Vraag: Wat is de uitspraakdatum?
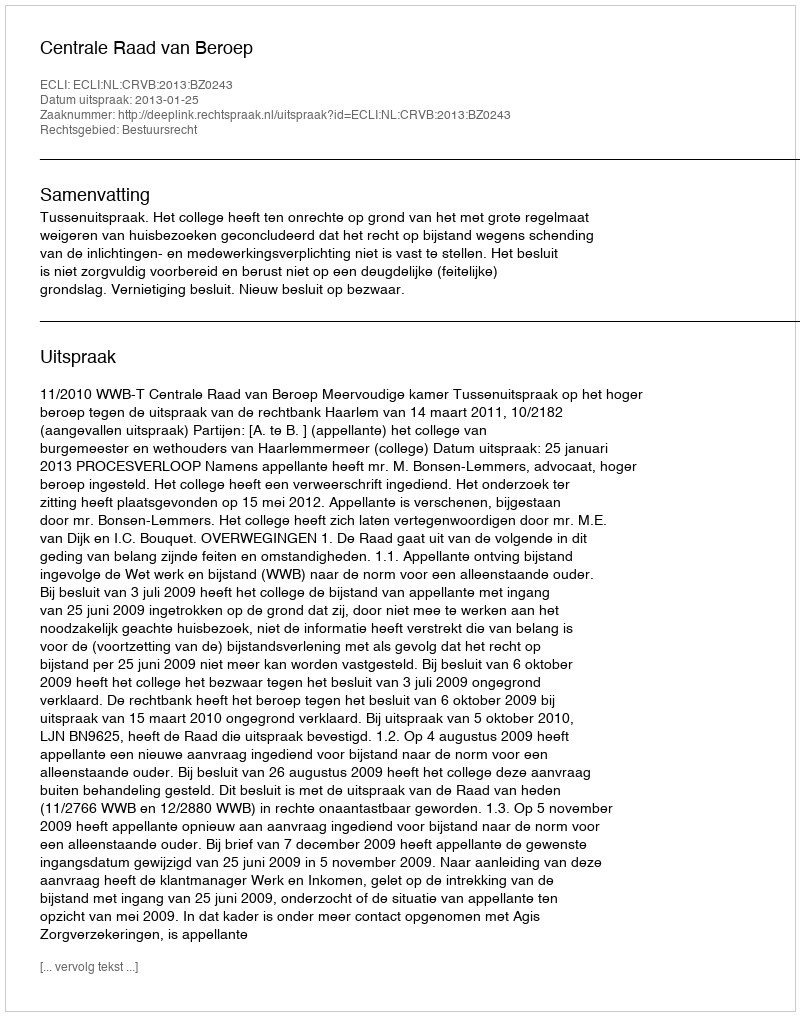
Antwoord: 2013-01-25